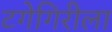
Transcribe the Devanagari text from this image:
टगेगिरीला